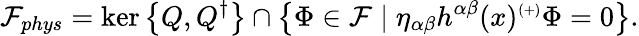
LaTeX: {\mathcal{F}}_{phys}=\ker\left\{ Q,Q^{\dagger}\right\} \cap\left\{ \Phi\in{\mathcal{F}}\mid\eta_{\alpha\beta}h^{\alpha\beta}(x)^{\scriptscriptstyle(+)}\Phi=0\right\} .